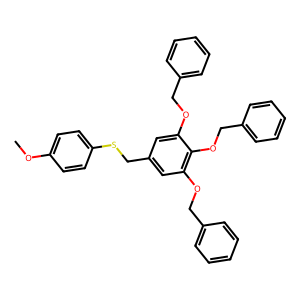
SMILES: COc1ccc(SCc2cc(OCc3ccccc3)c(OCc3ccccc3)c(OCc3ccccc3)c2)cc1
Inhibits HIV replication: No